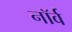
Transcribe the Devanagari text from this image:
नॉर्व